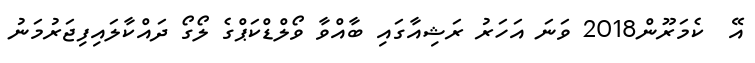
އޭ  ކެމަރޫން2018 ވަނަ އަހަރު ރަޝިއާގައި ބާއްވާ ވޯލްޑްކަޕްގެ ލޯގޯ ދައްކާލައިފިޖަރުމަނު